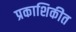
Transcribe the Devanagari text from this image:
प्रकाशिकीत